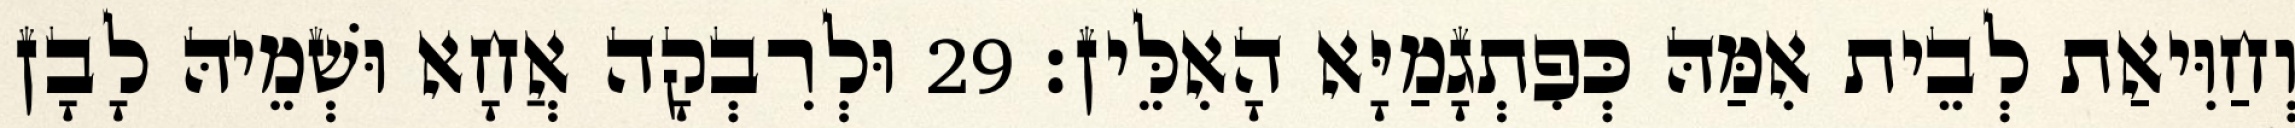
וְחַוִּיאַת לְבֵית אִמַּהּ כְּפִתְגָמַיָּא הָאִלֵּין׃ 29 וּלְרִבְקָה אֲחָא וּשְׁמֵיהּ לָבָן